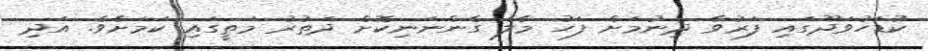
ކުޑަހުވަދޫގައި ފަރުވާ ދިނުމަށް ފަހު މާލެ ގެންނަނިކޮށް ދަތުރު މަތީގައި ކަމަށެވެ. އަދި